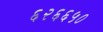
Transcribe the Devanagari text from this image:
६२६६५०